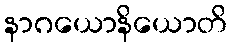
နာဂယောနိယောတိ